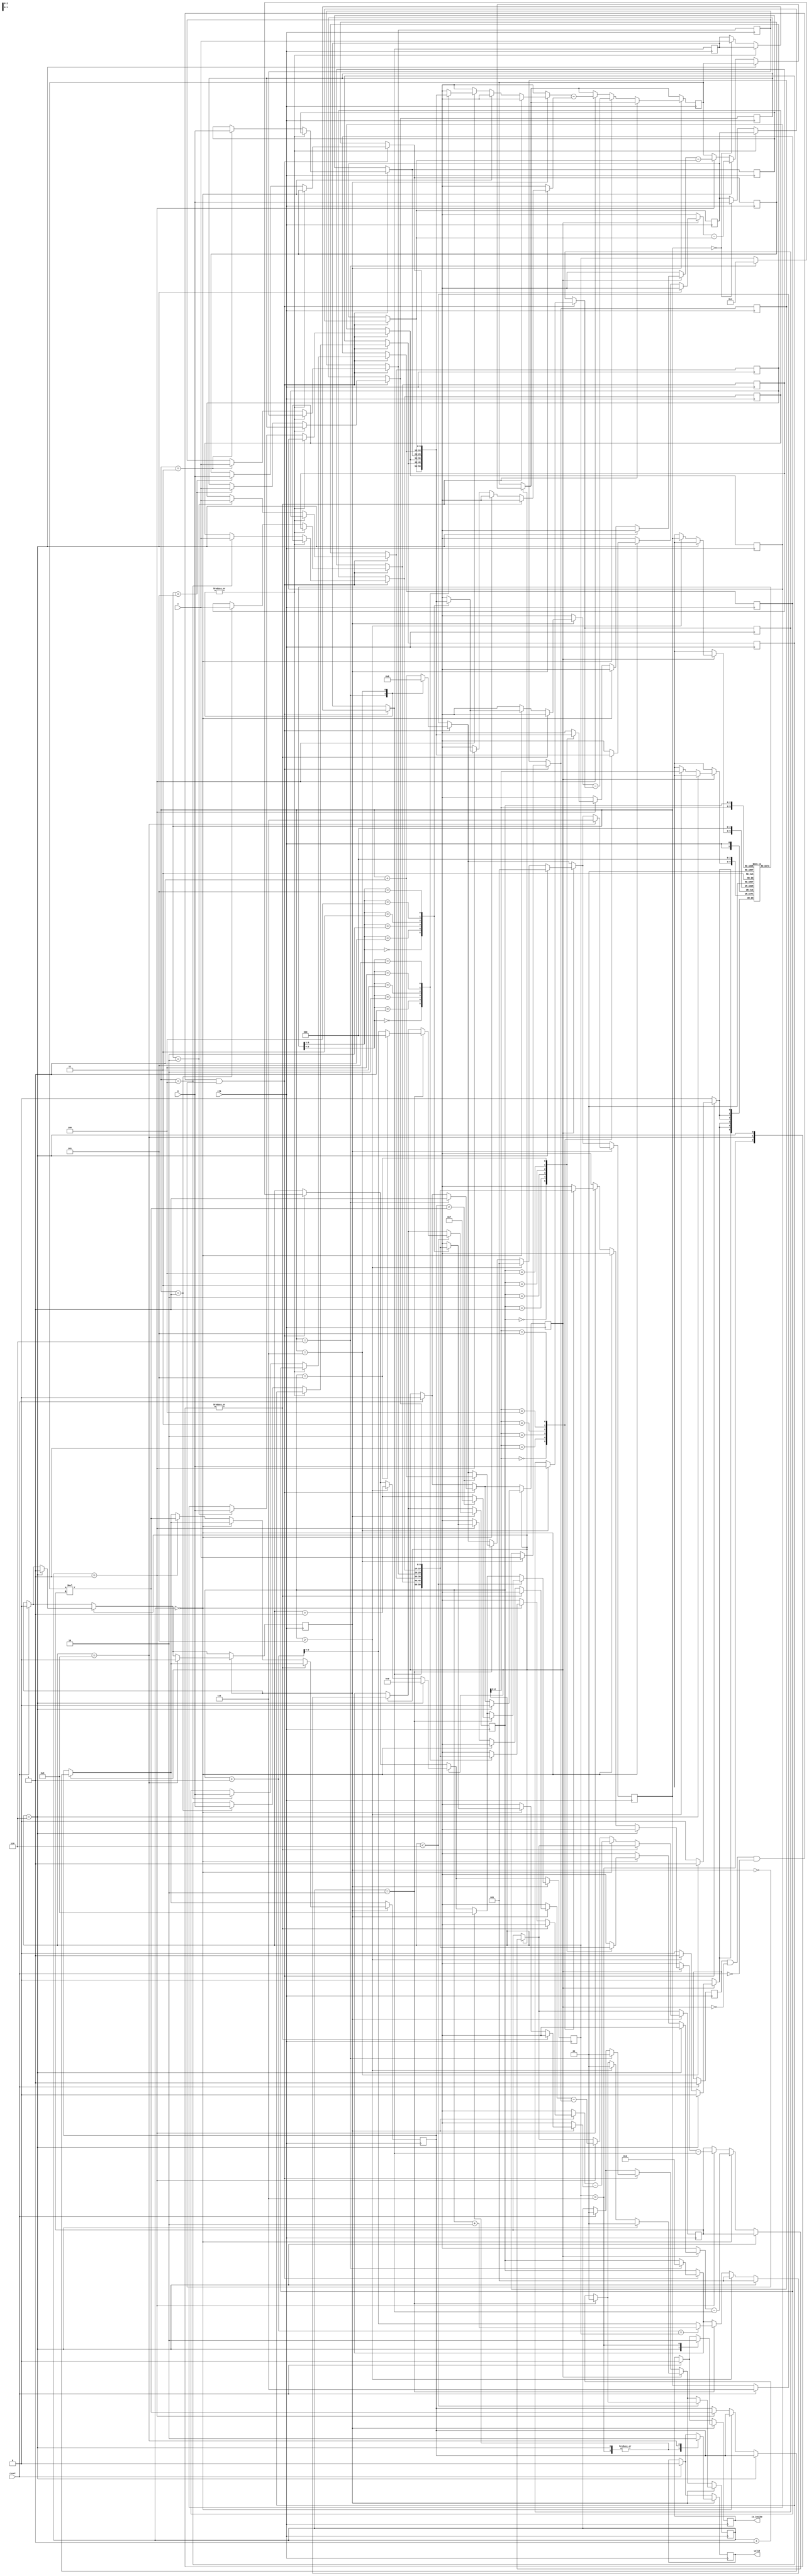
//area 21802
module geofence ( clk,reset,X,Y,valid,is_inside);
input clk;
input reset;
input [9:0] X;
input [9:0] Y;
output reg valid;
output reg is_inside;

reg [9:0] x[5:0];
reg [9:0] y[5:0];
reg [9:0] px,py;
reg [1:0] count;
reg start, busy, calculate;
reg [2:0] sequence[5:0];
reg [2:0] p, s;
reg [3:0] step;

wire signed [20:0] mul;

reg signed [20:0] tmp;
reg signed [10:0] a,b;

assign mul = a*b;

always @(posedge clk) begin

if(reset) begin
    valid <= 0;
    is_inside <= 0;
    start <= 1;
    count <= 0;
    s <= 3'b111;
    busy <= 0;
    calculate <= 0;
end
if(start && !busy && !reset && !calculate) begin
    case(s)
    3'b110: begin
        count <= 0;
        busy <= 1;
        p <= 2;
        s <= 1;
        step <= 1;
    end
    3'b111: begin
        px = X;
        py = Y;
        s <= 0;
        sequence[0] <= 0;
    end
    default begin
        x[s] = X;
        y[s] = Y;
        s <= s + 1;
    end
    endcase
end
if(busy) begin
    if(count == 2) begin
        count <= 0;
        if(p + 1 == step)
            p <= p + 2;
        else
            p <= p + 1;
        if(tmp < mul)
            s <= s + 1;
    end
    else
        count <= count + 1;
    case(step)
    6: begin
        step <= 0;
        s <= 1;
        count <= 0;
        p <= 1;
        busy <= 0;
        calculate <= 1;
    end
    default: begin
        if(count == 0) begin
            a <= x[step] - x[0];
            b <= y[p] - y[0];
        end
        else if(count == 1) begin
            tmp <= mul;
            a <= x[p] - x[0];
            b <= y[step] - y[0];
        end

        if(p > 5) begin
            step <= step + 1;
            sequence[s] <= step;
            s <= 1;
            count <= 0;
            p <= 1;
        end

    end
    endcase
end
if(calculate) begin
    case(step)
    6 : begin
        is_inside <= 1;
        valid <= 1;
        step <= 8;
    end
    7 : begin
        is_inside <= 0;
        valid <= 1;
        step <= 8;
    end
    8 : begin
        valid <= 0;
        calculate <= 0;
        s <= 3'b111;
    end
    default : begin
        if(count == 0) begin
            a <= x[sequence[step]] - px;
            b <= y[sequence[p]] - y[sequence[step]];
        end
        else if(count == 1) begin
            tmp <= mul;
            a <= x[sequence[p]] - x[sequence[step]];
            b <= y[sequence[step]] - py;
        end
    end
    endcase
    if(step < 6) begin
        if(count == 2) begin
            count <= 0;
            if(p == 5)
                p <= 0;
            else
                p <= p + 1;
            if(tmp < mul) begin // 
                step <= 7;
            end
            else begin
                step <= step + 1;
            end
        end
        else
            count <= count + 1;
    end
end
end
endmodule